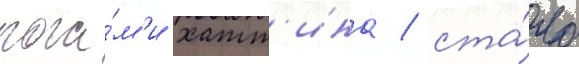
рога́м'и хатт'ина / ста́ло